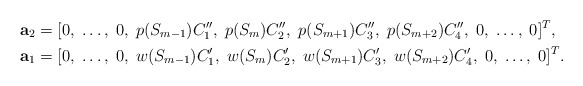
\begin{align*} &\mathbf a_2 = [0,\; \ldots,\; 0,\; p(S_{m-1})C''_1,\; p(S_{m})C''_2,\; p(S_{m+1})C''_3,\; p(S_{m+2})C''_4,\; 0,\; \ldots,\; 0]^T,\\ &\mathbf a_1 = [0,\; \ldots,\; 0,\; w(S_{m-1})C'_1,\; w(S_{m})C'_2,\; w(S_{m+1})C'_3,\; w(S_{m+2})C'_4,\; 0,\; \ldots,\; 0]^T.\end{align*}